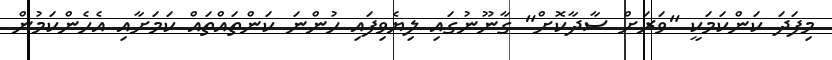
މިފަދަ ކަންކަމަކީ "ވަރަށް ސާދާކޮށް" ގާނޫނުގައި ލިޔެވިފައި ހުންނަ ކަންތައްތައް ކަމަށާއި އެހެންކަމުން